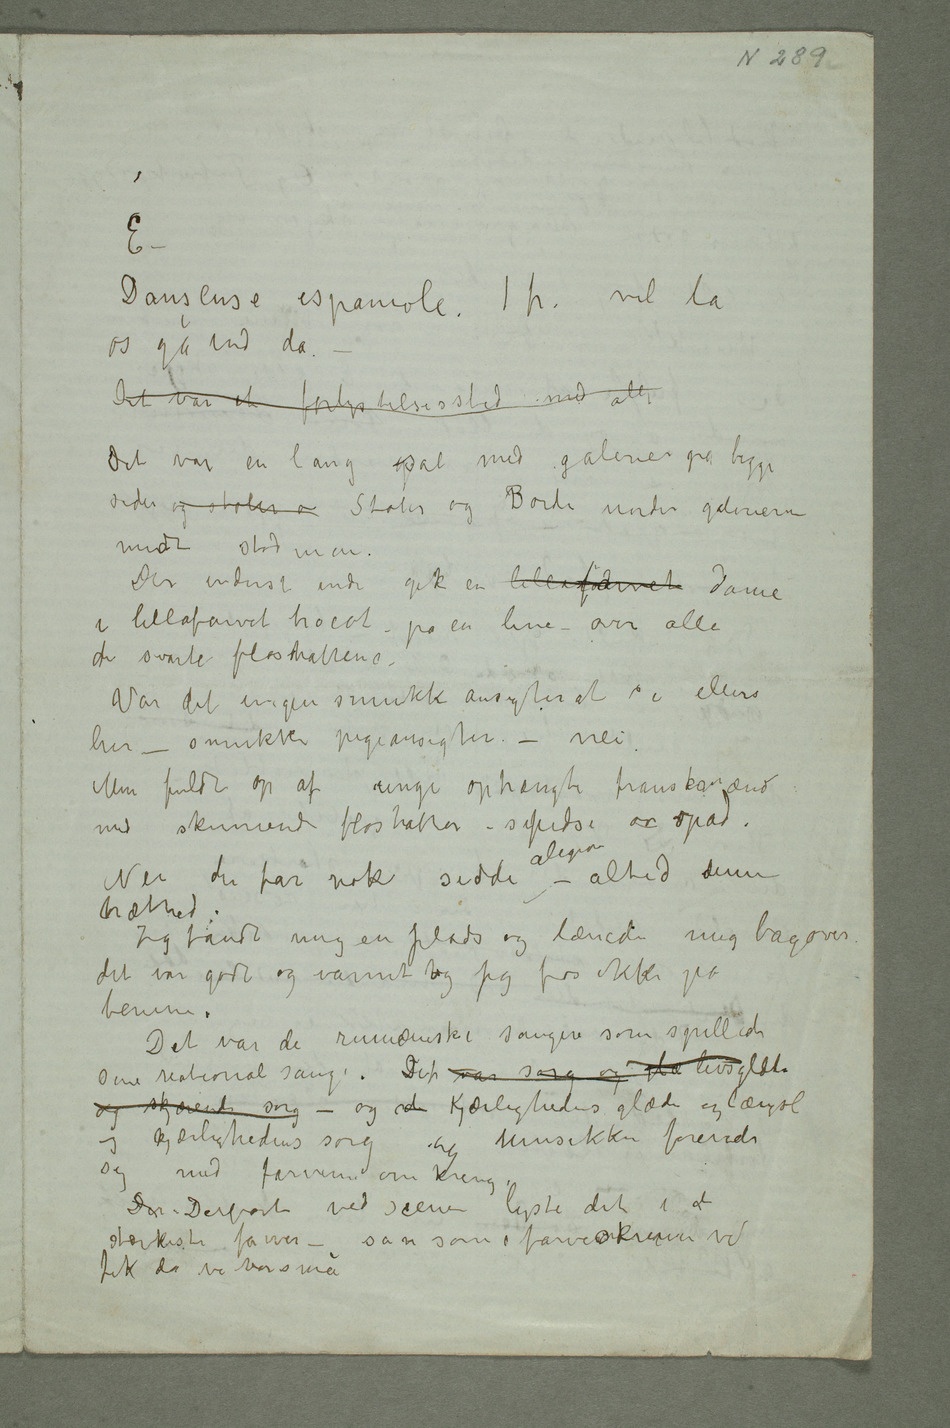
– Danseuse  espanole. 1 fr. vel la
os gå ind da –
Det var et forlystelsested med alle
Det var en lang gsal med galerier på begge
sider og stoler o Stoler og Borde under galerierne
Der inderst inde gik en lillafarvet dame
i lillafarvet tricot – på en line – over alle
de svarte floshattene –
Var det ingen smukke ansigter at se ellers
her – smukke pigeansigter – nei.
Men fuldt op af unge ophængte franskmænd
med skinnende floshatter – spidse ov opad.
Nei du får nok sidde alene – altid denne
træthed.
Jeg fandt mig en plads og lænede mig bagover
det var godt og varmt og jeg frøs ikke på
benene.
Det var de rumænske sangere som spillede
sine nationalsange. Det var sorg og glæ livsglæde
og skjærende sorg – og de Kjærlighedens glæde og længsel
og kjærlighedens sorg og musikken forenede
DerDerborte ved scenen lyste det i de
sterkeste farver – sån som i farveskrinene vi
fik da vi var små